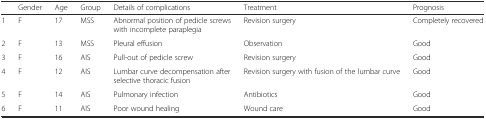
<table><thead><tr><td></td><td><b>Gender</b></td><td><b>Age</b></td><td><b>Group</b></td><td><b>Details of complications</b></td><td><b>Treatment</b></td><td><b>Prognosis</b></td></tr></thead><tbody><tr><td>1</td><td>F</td><td>17</td><td>MSS</td><td>Abnormal position of pedicle screws with incomplete paraplegia</td><td>Revision surgery</td><td>Completely recovered</td></tr><tr><td>2</td><td>F</td><td>13</td><td>MSS</td><td>Pleural effusion</td><td>Observation</td><td>Good</td></tr><tr><td>3</td><td>F</td><td>16</td><td>AIS</td><td>Pull-out of pedicle screw</td><td>Revision surgery</td><td>Good</td></tr><tr><td>4</td><td>F</td><td>12</td><td>AIS</td><td>Lumbar curve decompensation after selective thoracic fusion</td><td>Revision surgery with fusion of the lumbar curve</td><td>Good</td></tr><tr><td>5</td><td>F</td><td>14</td><td>AIS</td><td>Pulmonary infection</td><td>Antibiotics</td><td>Good</td></tr><tr><td>6</td><td>F</td><td>11</td><td>AIS</td><td>Poor wound healing</td><td>Wound care</td><td>Good</td></tr></tbody></table>